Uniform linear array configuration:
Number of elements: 12
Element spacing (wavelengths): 0.25
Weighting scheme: exponential
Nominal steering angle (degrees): -15
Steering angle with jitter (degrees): -16.795
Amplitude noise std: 0.05
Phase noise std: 0.05

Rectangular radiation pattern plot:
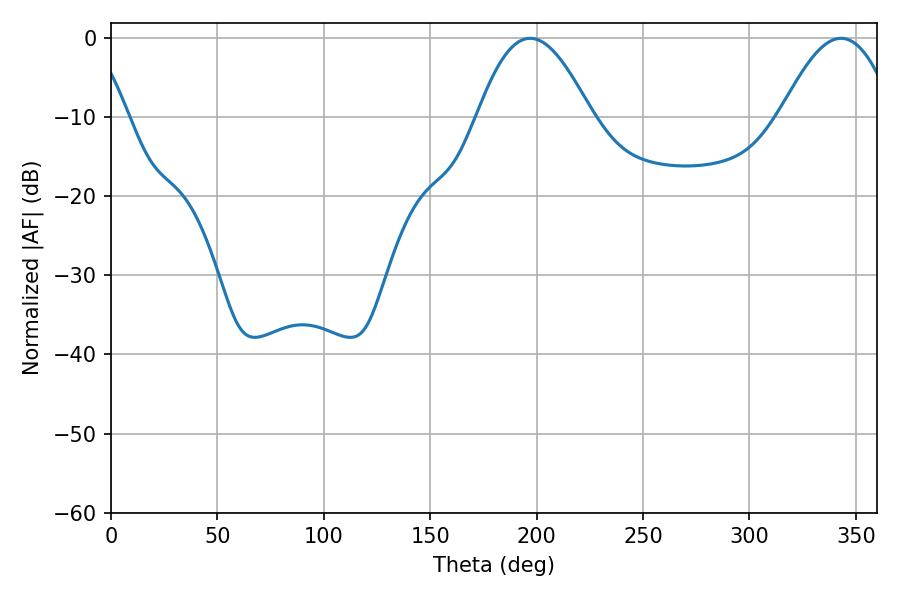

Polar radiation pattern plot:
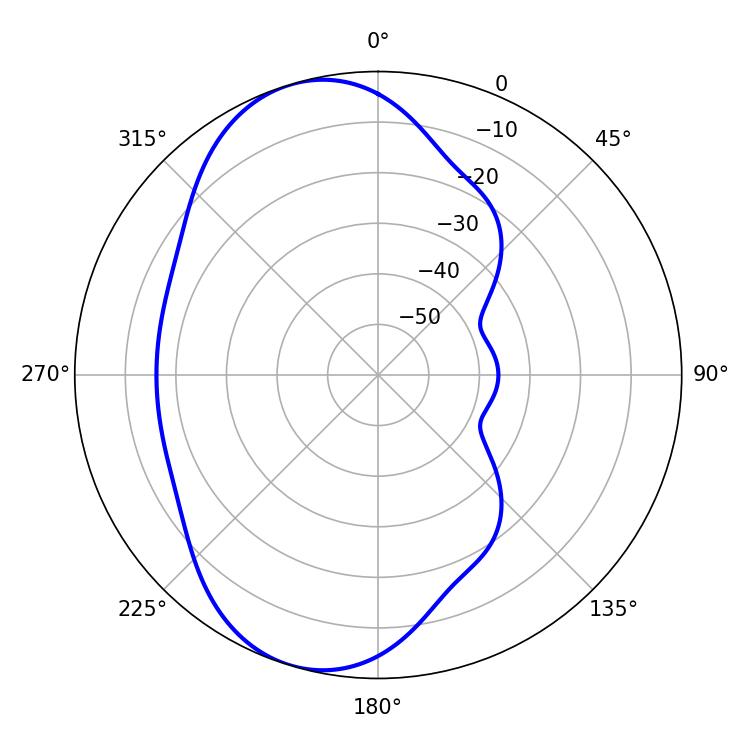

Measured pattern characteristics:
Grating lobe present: FALSE
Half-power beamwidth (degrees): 28.98
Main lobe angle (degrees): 196.92